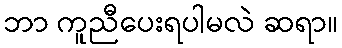
ဘာ ကူညီပေးရပါမလဲ ဆရာ။